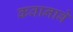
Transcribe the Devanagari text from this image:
कवानाबे